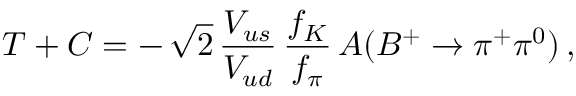
T + C = - \, \sqrt { 2 } \, \frac { V _ { u s } } { V _ { u d } } \, \frac { f _ { K } } { f _ { \pi } } \, A ( B ^ { + } \to \pi ^ { + } \pi ^ { 0 } ) \, ,